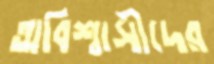
অবিশ্বাসীদের